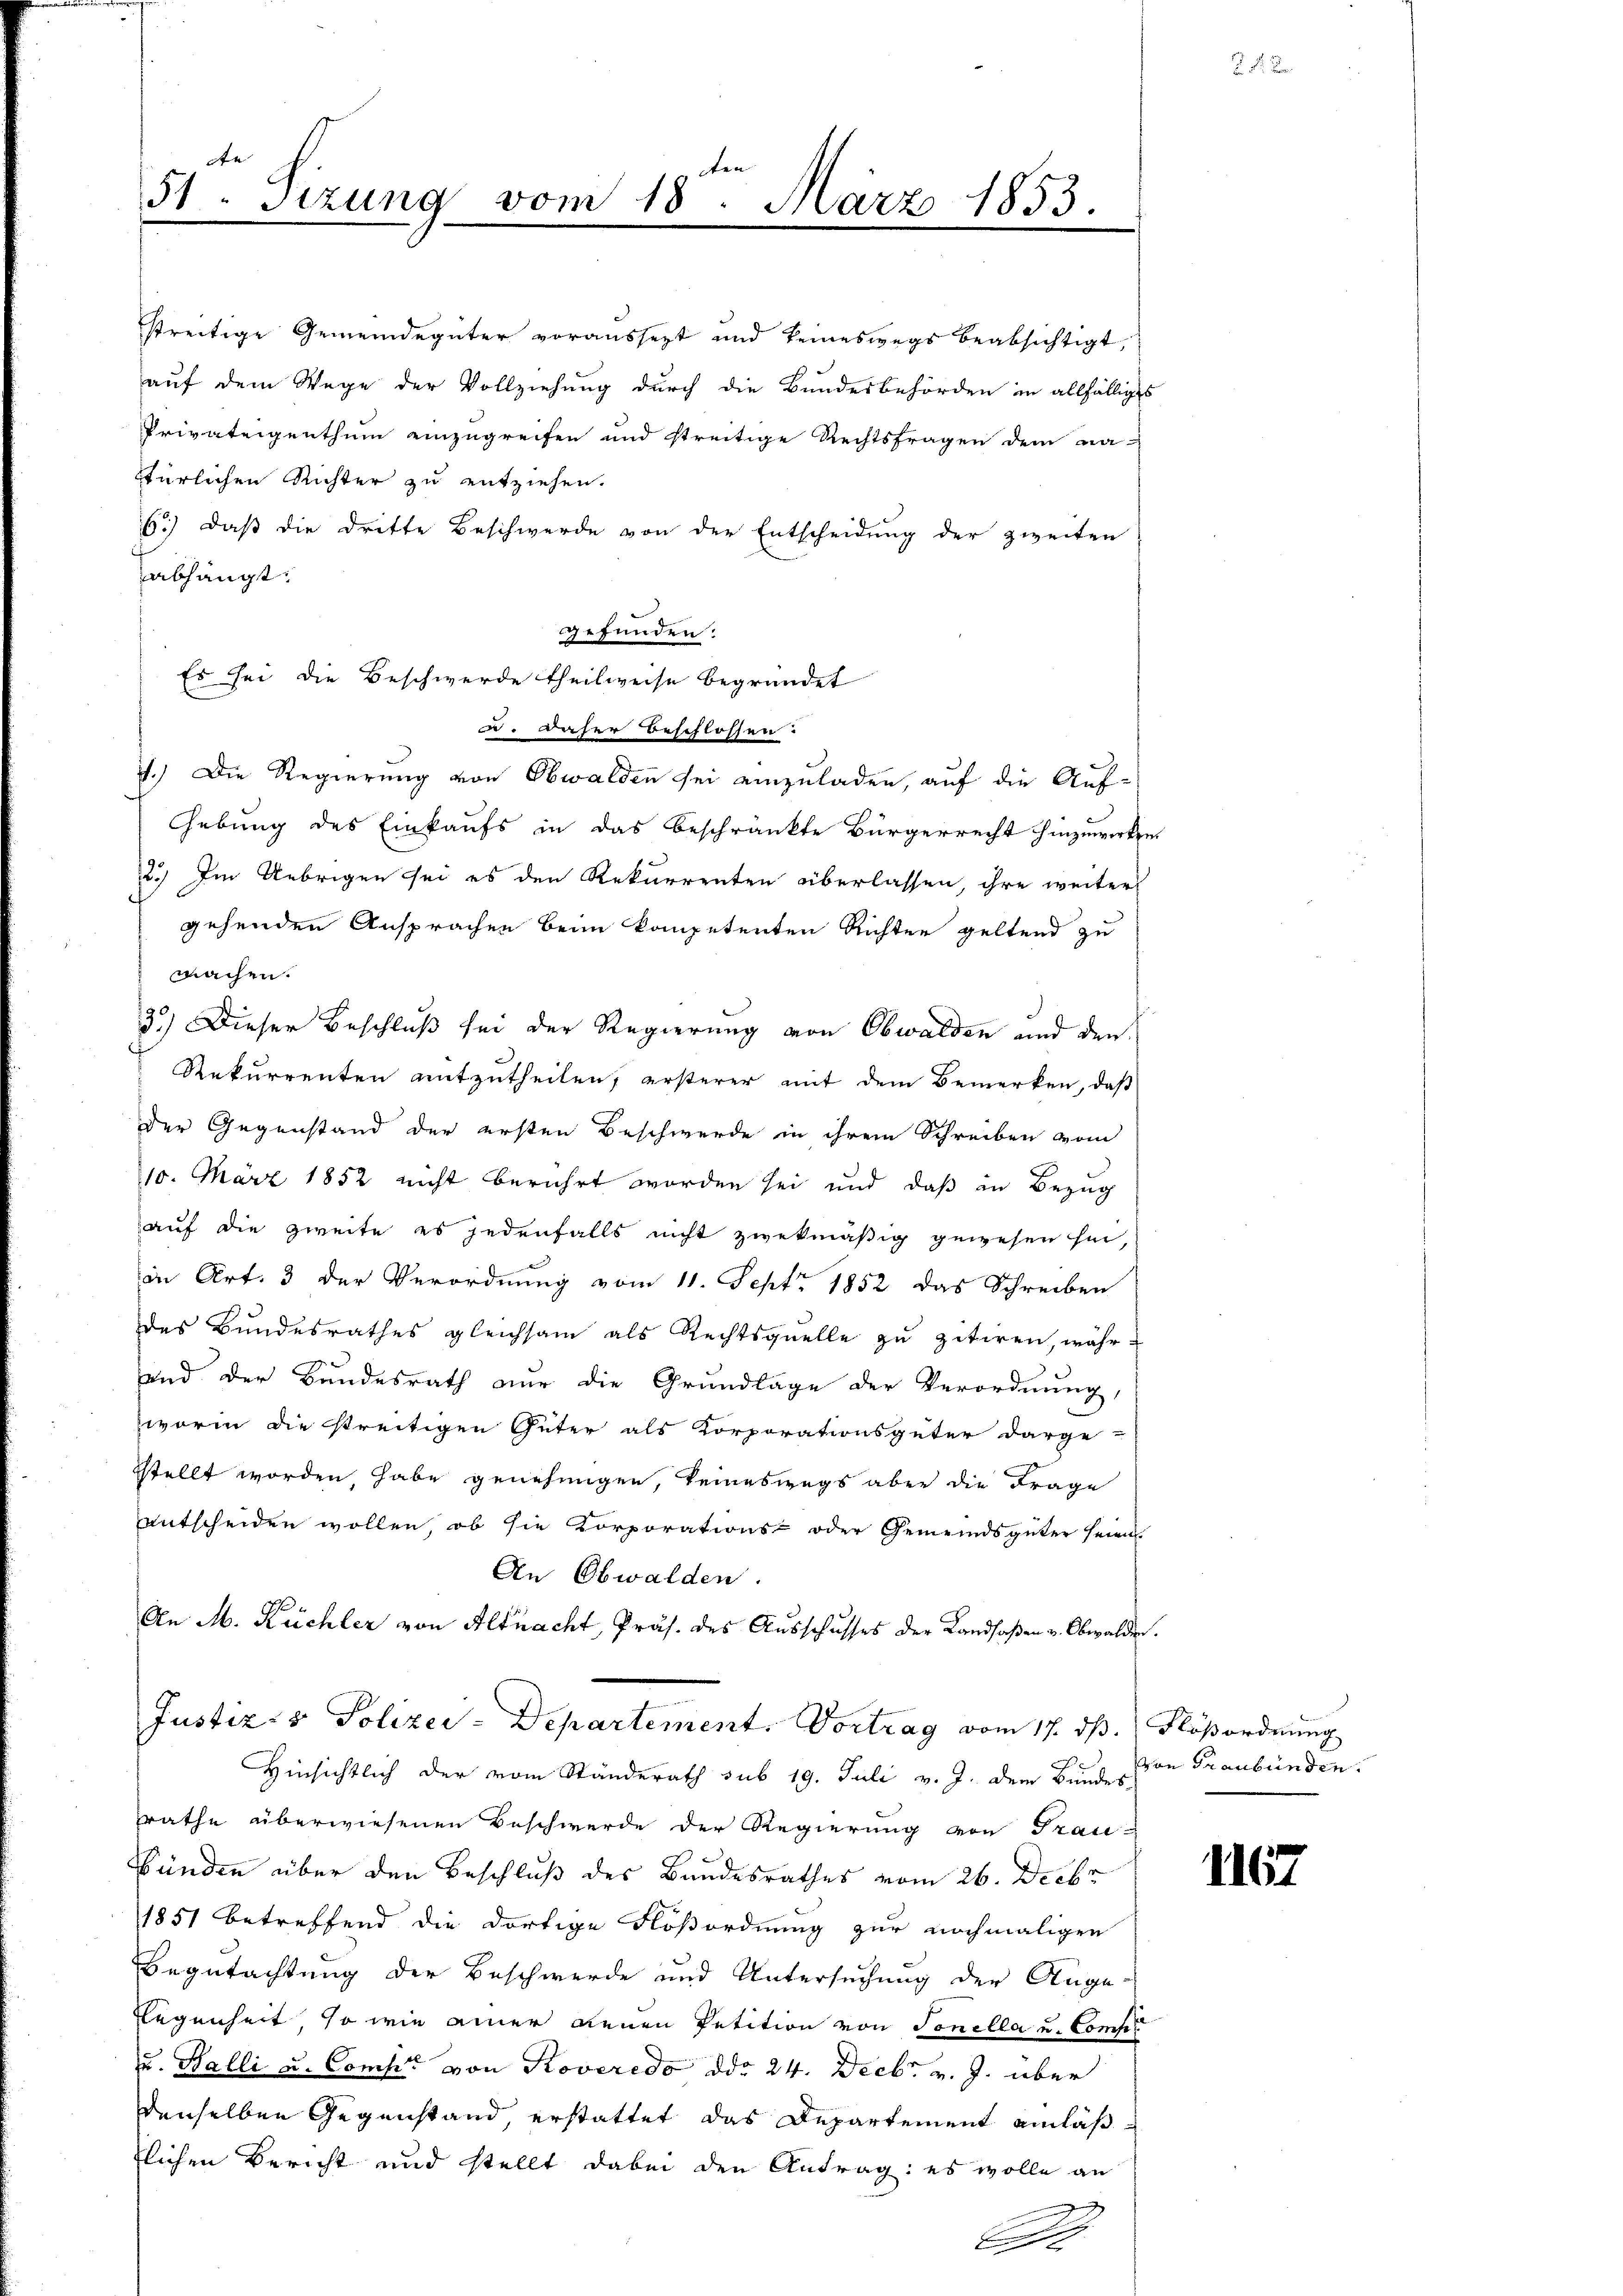
de
51. Sizung vom 18. März 1853.

streitige Gemeindegüter voraussetzt und keineswegs beabsichtigt,
auf dem Wege der Vollziehung durch die Bundesbehörden in allfälliges
Privateigenthum einzugreifen und streitige Rechtsfragen dem ma-
ttürlichen Richter zu entziehen.
6.) Daß die dritte Beschwerde von der Entscheidung der zweiten
abhängt:
gefunden:
Es sei die Beschwerde theilweise begründet
u. daher beschlossen:
7.) Die Regierung von Obwalden sei einzuladen, auf die Auf-
Gebung des Einkaufs in das beschränkte Bürgerrecht hinzuwirken
2.) Im Uebrigen sei es den Rekurrenten überlassen, ihre weiter
gehenden Ansprachen beim kompetenten Richten geltend zu
machen.
3.) Dieser Beschluß sei der Regierung von Obwalden und den
Rekurrenten mitzutheilen, ersterer mit dem Bemerken, daß
der Gegenstand der ersten Beschwerde in ihrem Schreiben vom
10. März 1852 nicht berührt worden sei und daß in Bezug
auf die zweite es jedenfalls nicht zwekmäßig gewesen sei,
in Art. 3 der Verordnung vom 11. Sept. 1852 das Schreiben
des Bundesrathes gleichsam als Rechtsquelle zu zitiren, währ
und der Bundesrath nur die Grundlage der Verordnung,
worin die streitigen Güter als Korporationsgüter darge-
sstellt worden, habe genehmigen, keineswegs aber die Frage
entscheiden wollen, ob sie Korporations- oder Gemeindsgüter seien
An Obwalden.
An M. Küchler von Altnacht, Präs. des Ausschusses der Landsaßen v. Obwalden.
Justiz- & Polizey-Departement. Vortrag vom 17. ds. Flößordnung
Hinsichtlich der vom Standerath sub 19. Juli v. J. dem Bunde von Graubünden.
rathe überwiesenen Beschwerde der Regierung von Frau-
bünden über den Beschluß des Bandesrathes vom 26. Decbr
1851 betreffend die dortige Floßordnung zur nochmaligen
Begutachtung der Beschwerde und Untersuchung der Ange-
legenheit, so wie einer neuen Petition von Sonnella u. Comp
u. Balli u. Comp. von Roveredo ddo 24. Decbr. v. J. über
denselben Gegenstand, erstattet das Departement einläß
lichen Bericht und stellt dabei den Antrag: es wolle an
2
A

1

1167